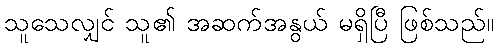
သူသေလျှင် သူ၏ အဆက်အနွယ် မရှိပြီ ဖြစ်သည်။